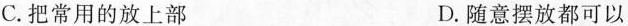
C.把常用的放上部 D.随意摆放都可以